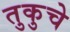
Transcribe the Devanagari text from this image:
तुकुचे